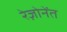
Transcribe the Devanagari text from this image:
रेज़ोनेंत